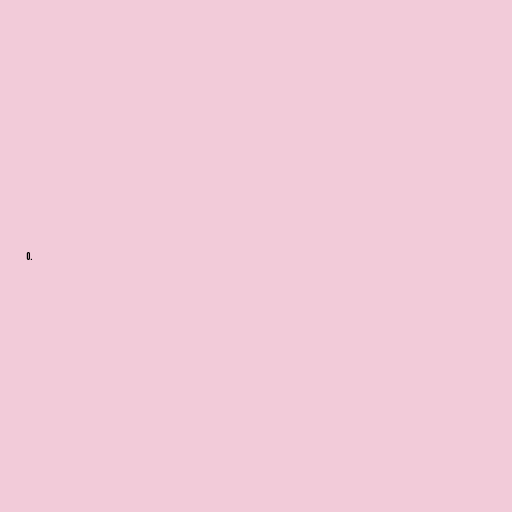
0.